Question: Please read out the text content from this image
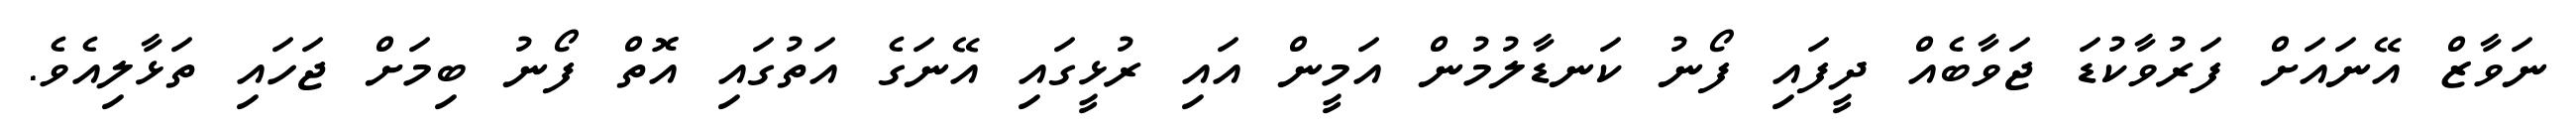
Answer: ނަވާޒް އޭނައަށް ފަރުވާކުޑަ ޖަވާބެއް ދީފައި ފޯނު ކަނޑާލުމުން އަމީން އައި ރުޅީގައި އޭނަގެ އަތުގައި އޮތް ފޯނު ބިމަށް ޖަހައި ތަޅާލިއެވެ.